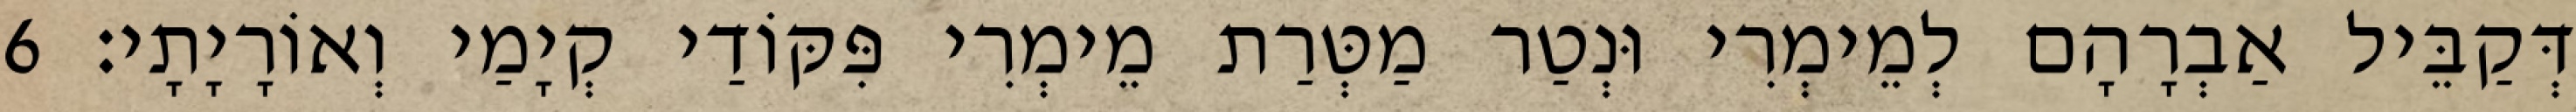
דְּקַבֵּיל אַבְרָהָם לְמֵימְרִי וּנְטַר מַטְּרַת מֵימְרִי פִּקּוֹדַי קְיָמַי וְאוֹרָיָתָי׃ 6